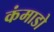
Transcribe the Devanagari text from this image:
कंमाडो